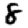
Digit: 8